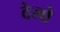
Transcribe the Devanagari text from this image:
ठेलो